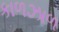
કાળઝાળ